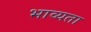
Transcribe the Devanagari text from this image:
भाव्‍यता